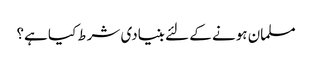
مسلمان ہونے کے لئے بنیادی شرط کیا ہے؟